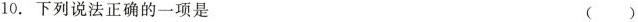
10.下列说法正确的一项是（）